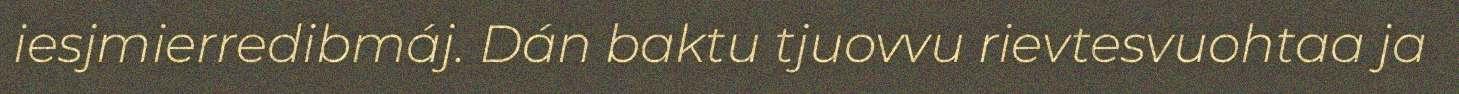
iesjmierredibmáj. Dán baktu tjuovvu rievtesvuohtaa ja